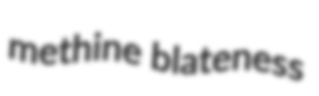
methine blateness